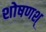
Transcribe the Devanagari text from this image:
शोषणश्